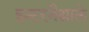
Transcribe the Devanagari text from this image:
इन्टरनैश्नाले